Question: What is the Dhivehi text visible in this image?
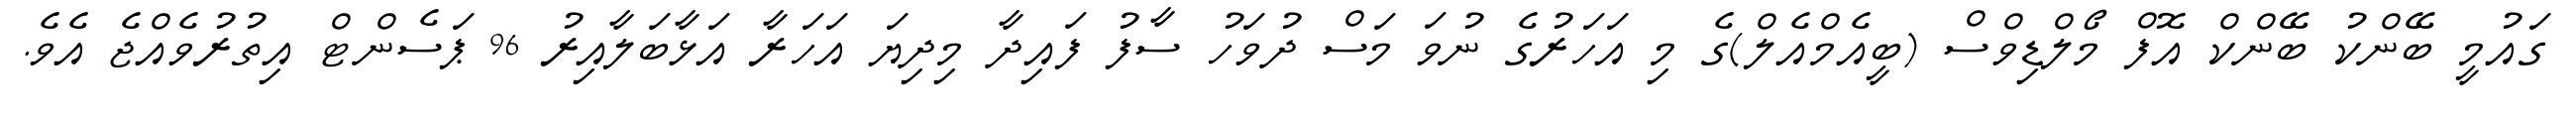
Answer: ގައުމީ ބޭންކު ބޭންކް އޮފް މޯލްޑިވްސް (ބީއެމްއެލް)ގެ މި އަހަރުގެ ނުވަ މަސް ދުވަހު ސާފު ފައިދާ މިދިޔަ އަހަރާ އަޅާބަލާއިރު 96 ޕަސެންޓް އިތުރުވެއްޖެ އެވެ.